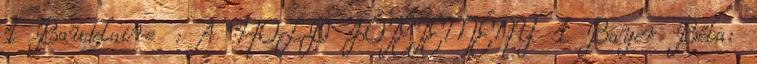
1 Baudelaire : A HOLD JÓTÉTEMÉNY 1 Bayer Béla: